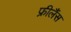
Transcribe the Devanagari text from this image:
फ्रीलैंस